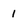
Character: 1